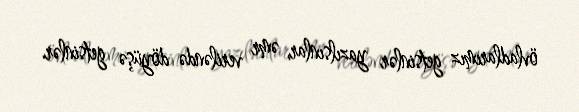
övladlarımız getsinlər yazılsınlar, əmr veriləndə döyüşə getsinlər.